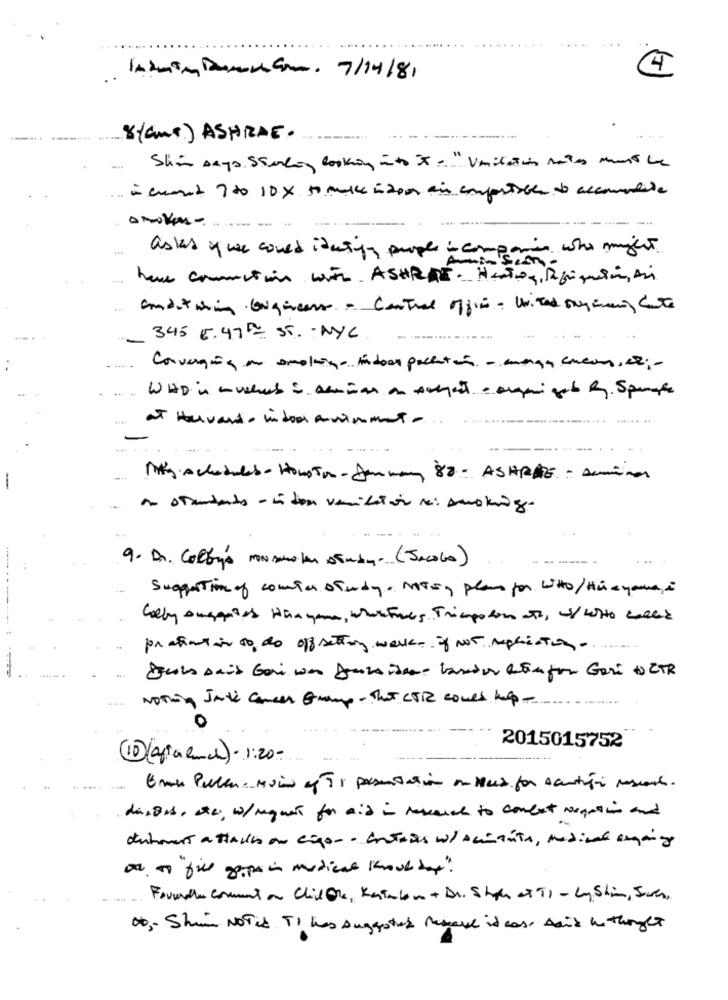
4
14kmin Dercom. 7/14/81
8(ams) ASHRAE.
Shin Days Stanley looking into "X "Unilation mates mois he
.. " cuando ? do 10x to make indoor air comfortable de accomandita
smoke-
asks y we could itating people - companies who might
han connections with ASHRAE. Hantog Rifiuti, Ani
conditioning liqueurs - Central office - united organen cute
345 6.47 Rx ST. - NYC
Converção an omolina indoor pollution - mange conconser ;-
WHO is muchers i seminar on Autent . acqui gab R. Sperare
at Huvando indoor avinment -
Mag schedules- Houston- Janway 88 - ASHRAE - Deminer
--
en standento - Endom vanilation re: smoking-
9. Dr. Colby's non smoker study. (Jacobo)
Suggestions of couper study. NOTE, plans for witho/Haa you,i
Celly supplies Han your, whatfinnes Triapotom to, w/ who calle
proliant in 00 do off setting werkes if not replication ..
Duits sais Geri wa Derstheer lander Kaufen Geri to ZTR
Nothing Jali Cancer Gramp- That COR comes help -
.....
2015015752
1(4fico lach)- 1:20-
Emir Polen. Main of TI pasundation en Med for scentifi resconto.
disons , ate, w/ mgues for aid in research to conduct Nogpain and
detmers attalles au ciqo -- Entries w/ Alicante, medical amais
an "o"fill gips in medical khout bay"?
Founder comment an Chil One, Rainbow + Dr. Shape of TI - MySlim, Juan,
ob ,- Shim NoTid. TI has suggested Mehave it case said he thought